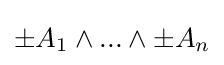
\pm A_{1}\land ...\land \pm A_{n}